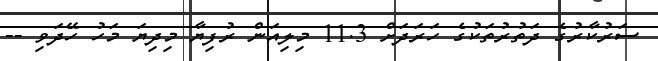
ސަރުކާރުގެ ދަތުރުތަކުގެ ހަރަދަށް 11.3 މިލިއަން ރުފިޔާ މިދިޔަ މަހު ހޭދަވި --